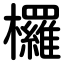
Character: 欏